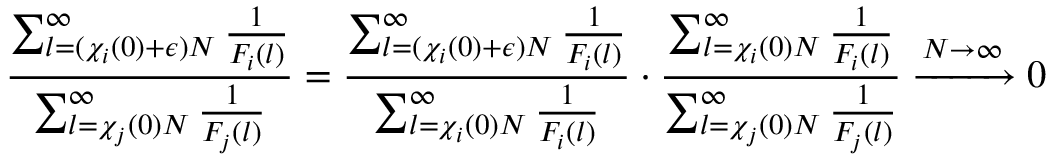
\frac { \sum _ { l = ( \chi _ { i } ( 0 ) + \epsilon ) N } ^ { \infty } \frac { 1 } { F _ { i } ( l ) } } { \sum _ { l = \chi _ { j } ( 0 ) N } ^ { \infty } \frac { 1 } { F _ { j } ( l ) } } = \frac { \sum _ { l = ( \chi _ { i } ( 0 ) + \epsilon ) N } ^ { \infty } \frac { 1 } { F _ { i } ( l ) } } { \sum _ { l = \chi _ { i } ( 0 ) N } ^ { \infty } \frac { 1 } { F _ { i } ( l ) } } \cdot \frac { \sum _ { l = \chi _ { i } ( 0 ) N } ^ { \infty } \frac { 1 } { F _ { i } ( l ) } } { \sum _ { l = \chi _ { j } ( 0 ) N } ^ { \infty } \frac { 1 } { F _ { j } ( l ) } } \xrightarrow { N \to \infty } 0